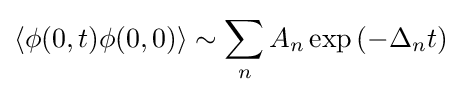
\langle \phi (0,t)\phi (0,0)\rangle \sim \sum _{n}A_{n}\exp \left(-\Delta _{n}t\right)